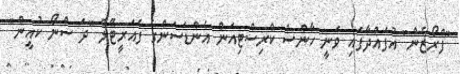
"ފްރޯޒެން" އުފައްދާފައި ވަނީ ހާންސް ކްރިސްޓިއަން އެންޑަސަންގެ ފެއަރީޓޭލް "ދަ ސްނޯ ކުއީން"